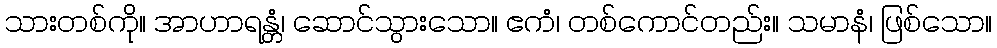
သားတစ်ကို။ အာဟာရန္တံ၊ ဆောင်သွားသော။ ဧကံ၊ တစ်ကောင်တည်း။ သမာနံ၊ ဖြစ်သော။